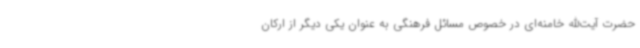
حضرت آیت‌الله خامنه‌ای در خصوص مسائل فرهنگی به عنوان یکی دیگر از ارکان